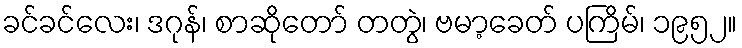
ခင်ခင်လေး၊ ဒဂုန်၊ စာဆိုတော် တတွဲ၊ ဗမာ့ခေတ် ပကြိမ်၊ ၁၉၅၂။